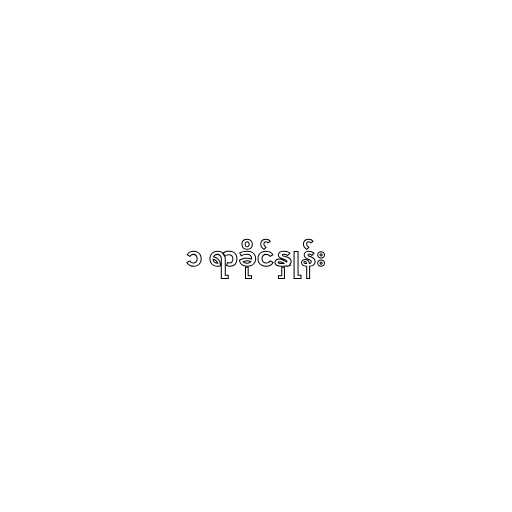
၁ ရာခိုင်နှုန်း